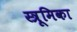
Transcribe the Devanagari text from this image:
स्त्रूमिका